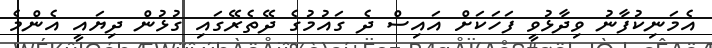
އެމަނިކުފާނު ވިދާޅުވީ ފަހަކަށް އައިސް ދެ ގައުމުގެ ދޭތެރޭގައި ގުޅުން ދިޔައީ އެންމެ